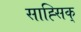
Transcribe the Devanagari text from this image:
साह्सिक्